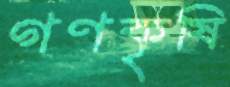
গণকৃষি